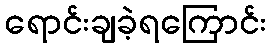
ရောင်းချခဲ့ရကြောင်း